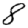
Digit: 8